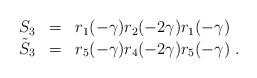
LaTeX: \begin{align*}\begin{array}{rcl} S_{3}& = &r_{1}(-\gamma)r_{2}(-2\gamma)r_{1}(-\gamma)\\ \tilde{S}_{3} & = &r_{5}(-\gamma)r_{4}(-2\gamma)r_{5}(-\gamma)\;.\end{array}\end{align*}